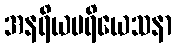
အနရိယပရိယေသနာ